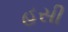
હસી